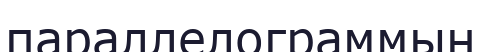
параллелограммын